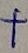
Text: +